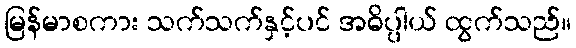
မြန်မာစကား သက်သက်နှင့်ပင် အဓိပ္ပါယ် ထွက်သည်။